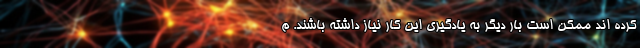
کرده اند ممکن است بار دیگر به یادگیری این کار نیاز داشته باشند. م